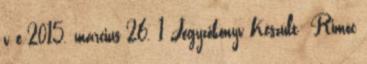
v e 2015. március 26. 1 Jegyzőkönyv Készült: Rimóc